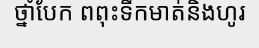
ថ្នាំបែក ពពុះទឹកមាត់និងហូរ